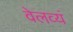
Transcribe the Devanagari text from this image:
वेलव्यं